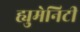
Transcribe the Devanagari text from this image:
ह्युमेनिटी